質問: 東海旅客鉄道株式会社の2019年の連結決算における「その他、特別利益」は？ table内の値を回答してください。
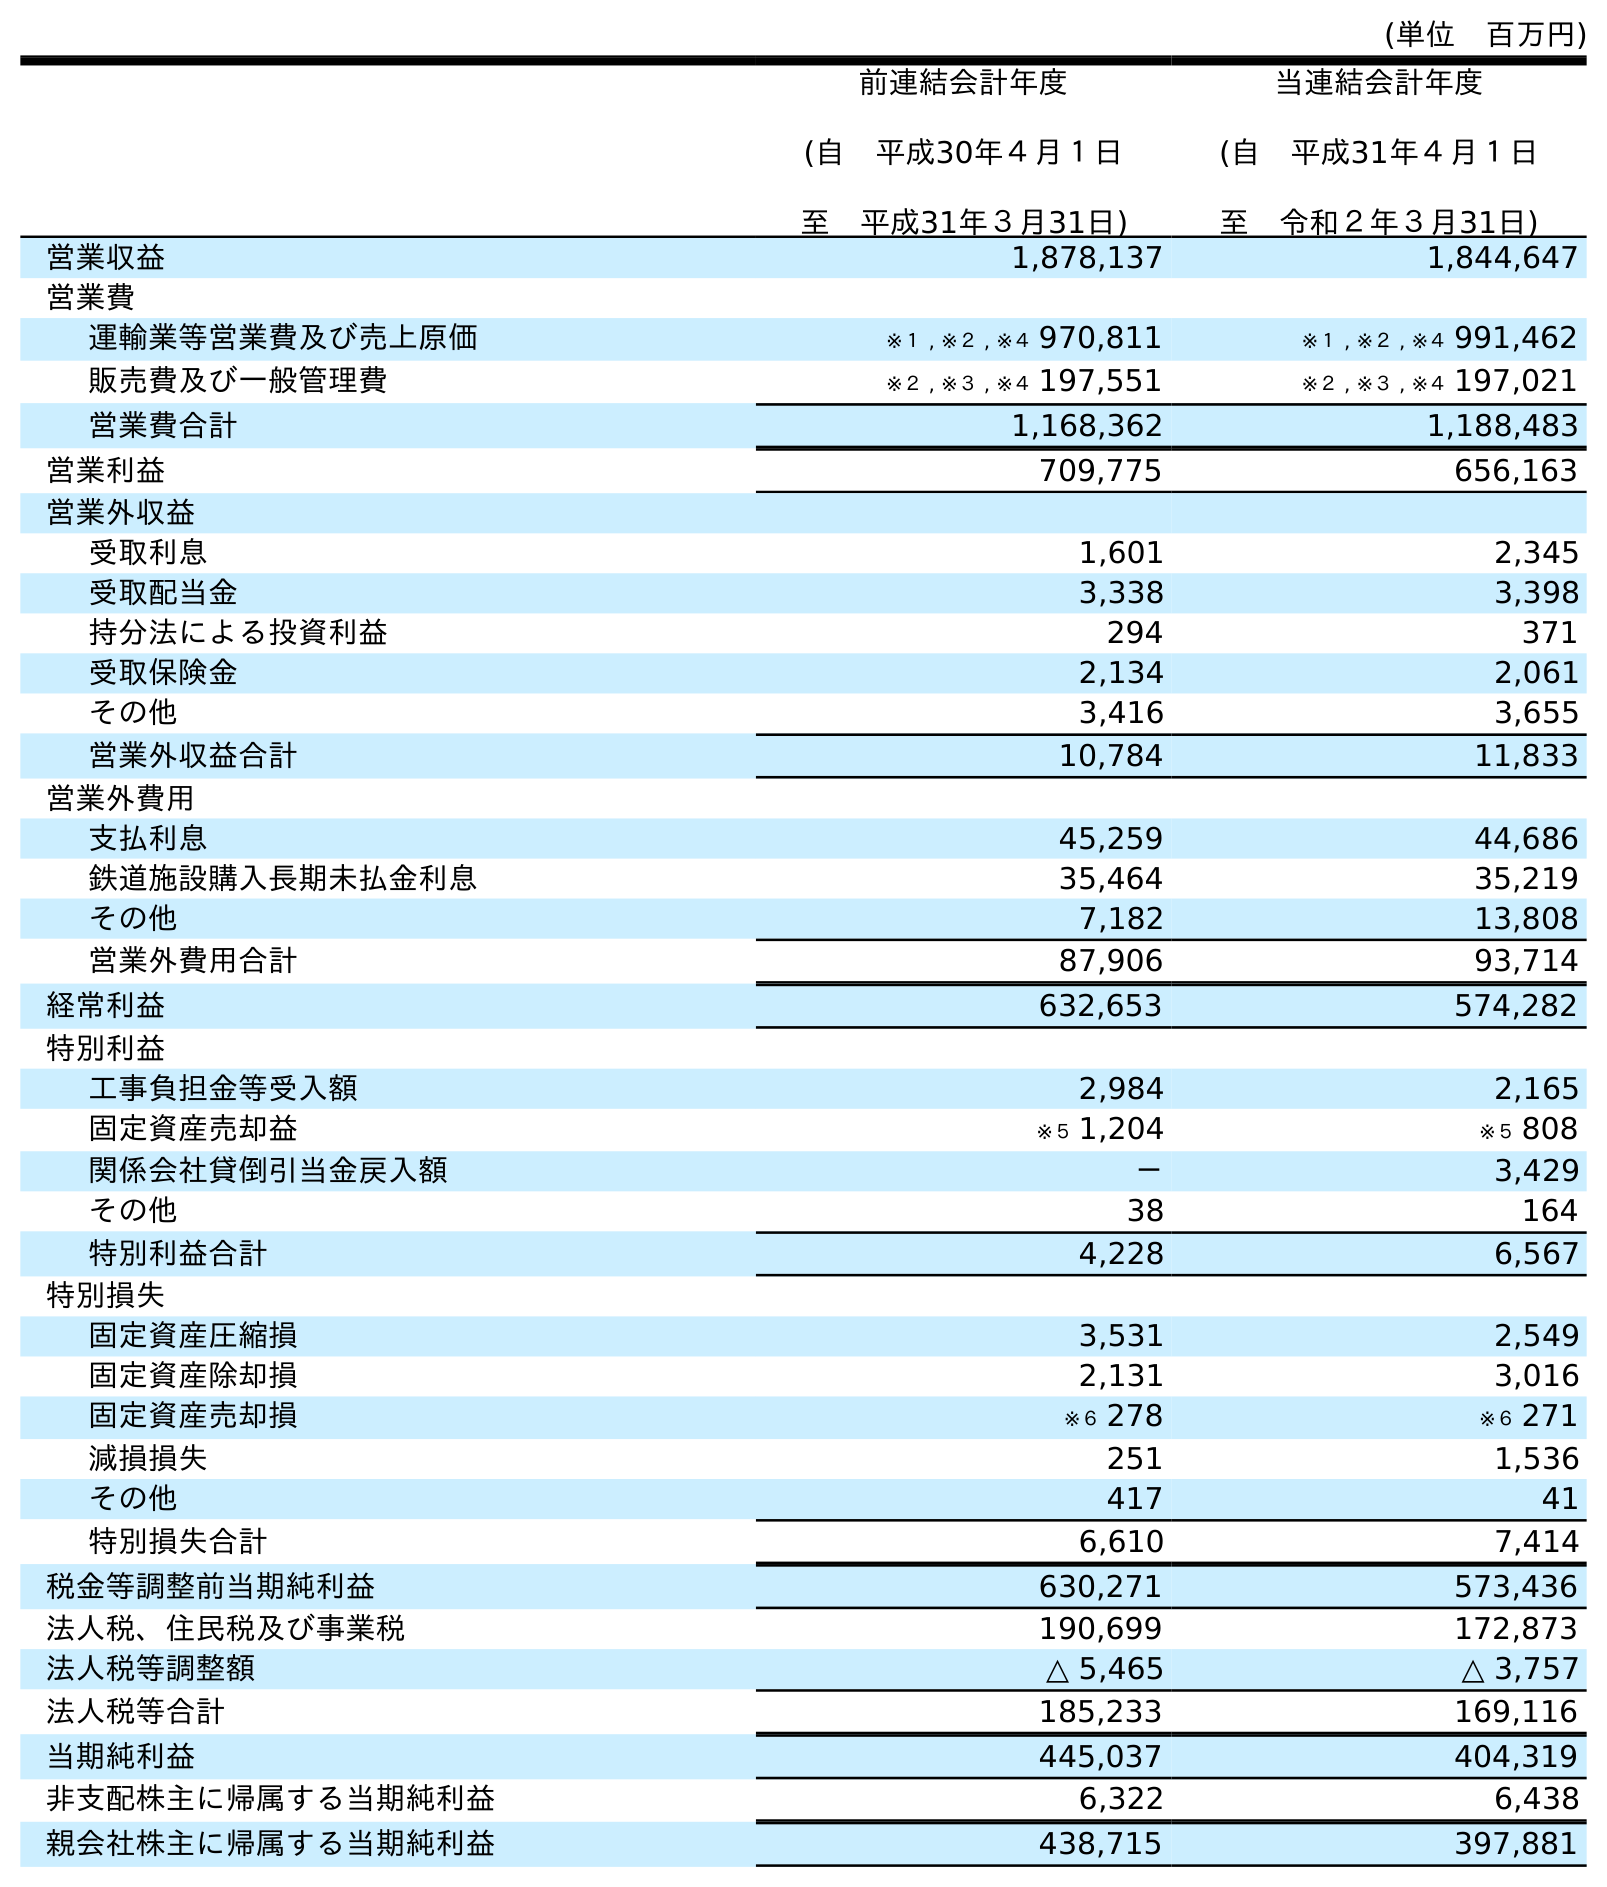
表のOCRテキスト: (単位 百万円) 前連結会計年度 (自 平成30年４月１日 至 平成31年３月31日) 当連結会計年度 (自 平成31年４月１日 至 令和２年３月31日) 営業収益 1,878,137 1,844,647 営業費 運輸業等営業費及び売上原価 ※１ , ※２ , ※４ 970,811 ※１ , ※２ , ※４ 991,462 販売費及び一般管理費 ※２ , ※３ , ※４ 197,551 ※２ , ※３ , ※４ 197,021 営業費合計 1,168,362 1,188,483 営業利益 709,775 656,163 営業外収益 受取利息 1,601 2,345 受取配当金 3,338 3,398 持分法による投資利益 294 371 受取保険金 2,134 2,061 その他 3,416 3,655 営業外収益合計 10,784 11,833 営業外費用 支払利息 45,259 44,686 鉄道施設購入長期未払金利息 35,464 35,219 その他 7,182 13,808 営業外費用合計 87,906 93,714 経常利益 632,653 574,282 特別利益 工事負担金等受入額 2,984 2,165 固定資産売却益 ※５ 1,204 ※５ 808 関係会社貸倒引当金戻入額 － 3,429 その他 38 164 特別利益合計 4,228 6,567 特別損失 固定資産圧縮損 3,531 2,549 固定資産除却損 2,131 3,016 固定資産売却損 ※６ 278 ※６ 271 減損損失 251 1,536 その他 417 41 特別損失合計 6,610 7,414 税金等調整前当期純利益 630,271 573,436 法人税、住民税及び事業税 190,699 172,873 法人税等調整額 △ 5,465 △ 3,757 法人税等合計 185,233 169,116 当期純利益 445,037 404,319 非支配株主に帰属する当期純利益 6,322 6,438 親会社株主に帰属する当期純利益 438,715 397,881
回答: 38